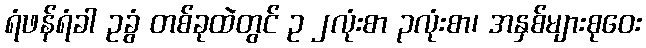
ရံဖန်ရံခါ ဥခွံ တစ်ခုထဲတွင် ဥ ၂လုံးစာ ၃လုံးစာ၊ အနှစ်များစုဝေး